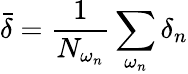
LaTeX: \bar{\delta}=\frac{1}{N_{\omega_{n}}}\sum_{\omega_{n}}\delta_{n}